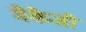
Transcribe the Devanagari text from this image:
मैकेजी